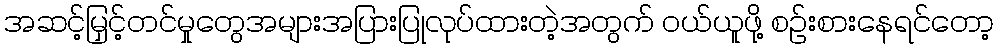
အဆင့်မြှင့်တင်မှုတွေအများအပြားပြုလုပ်ထားတဲ့အတွက် ဝယ်ယူဖို့ စဉ်းစားနေရင်တော့